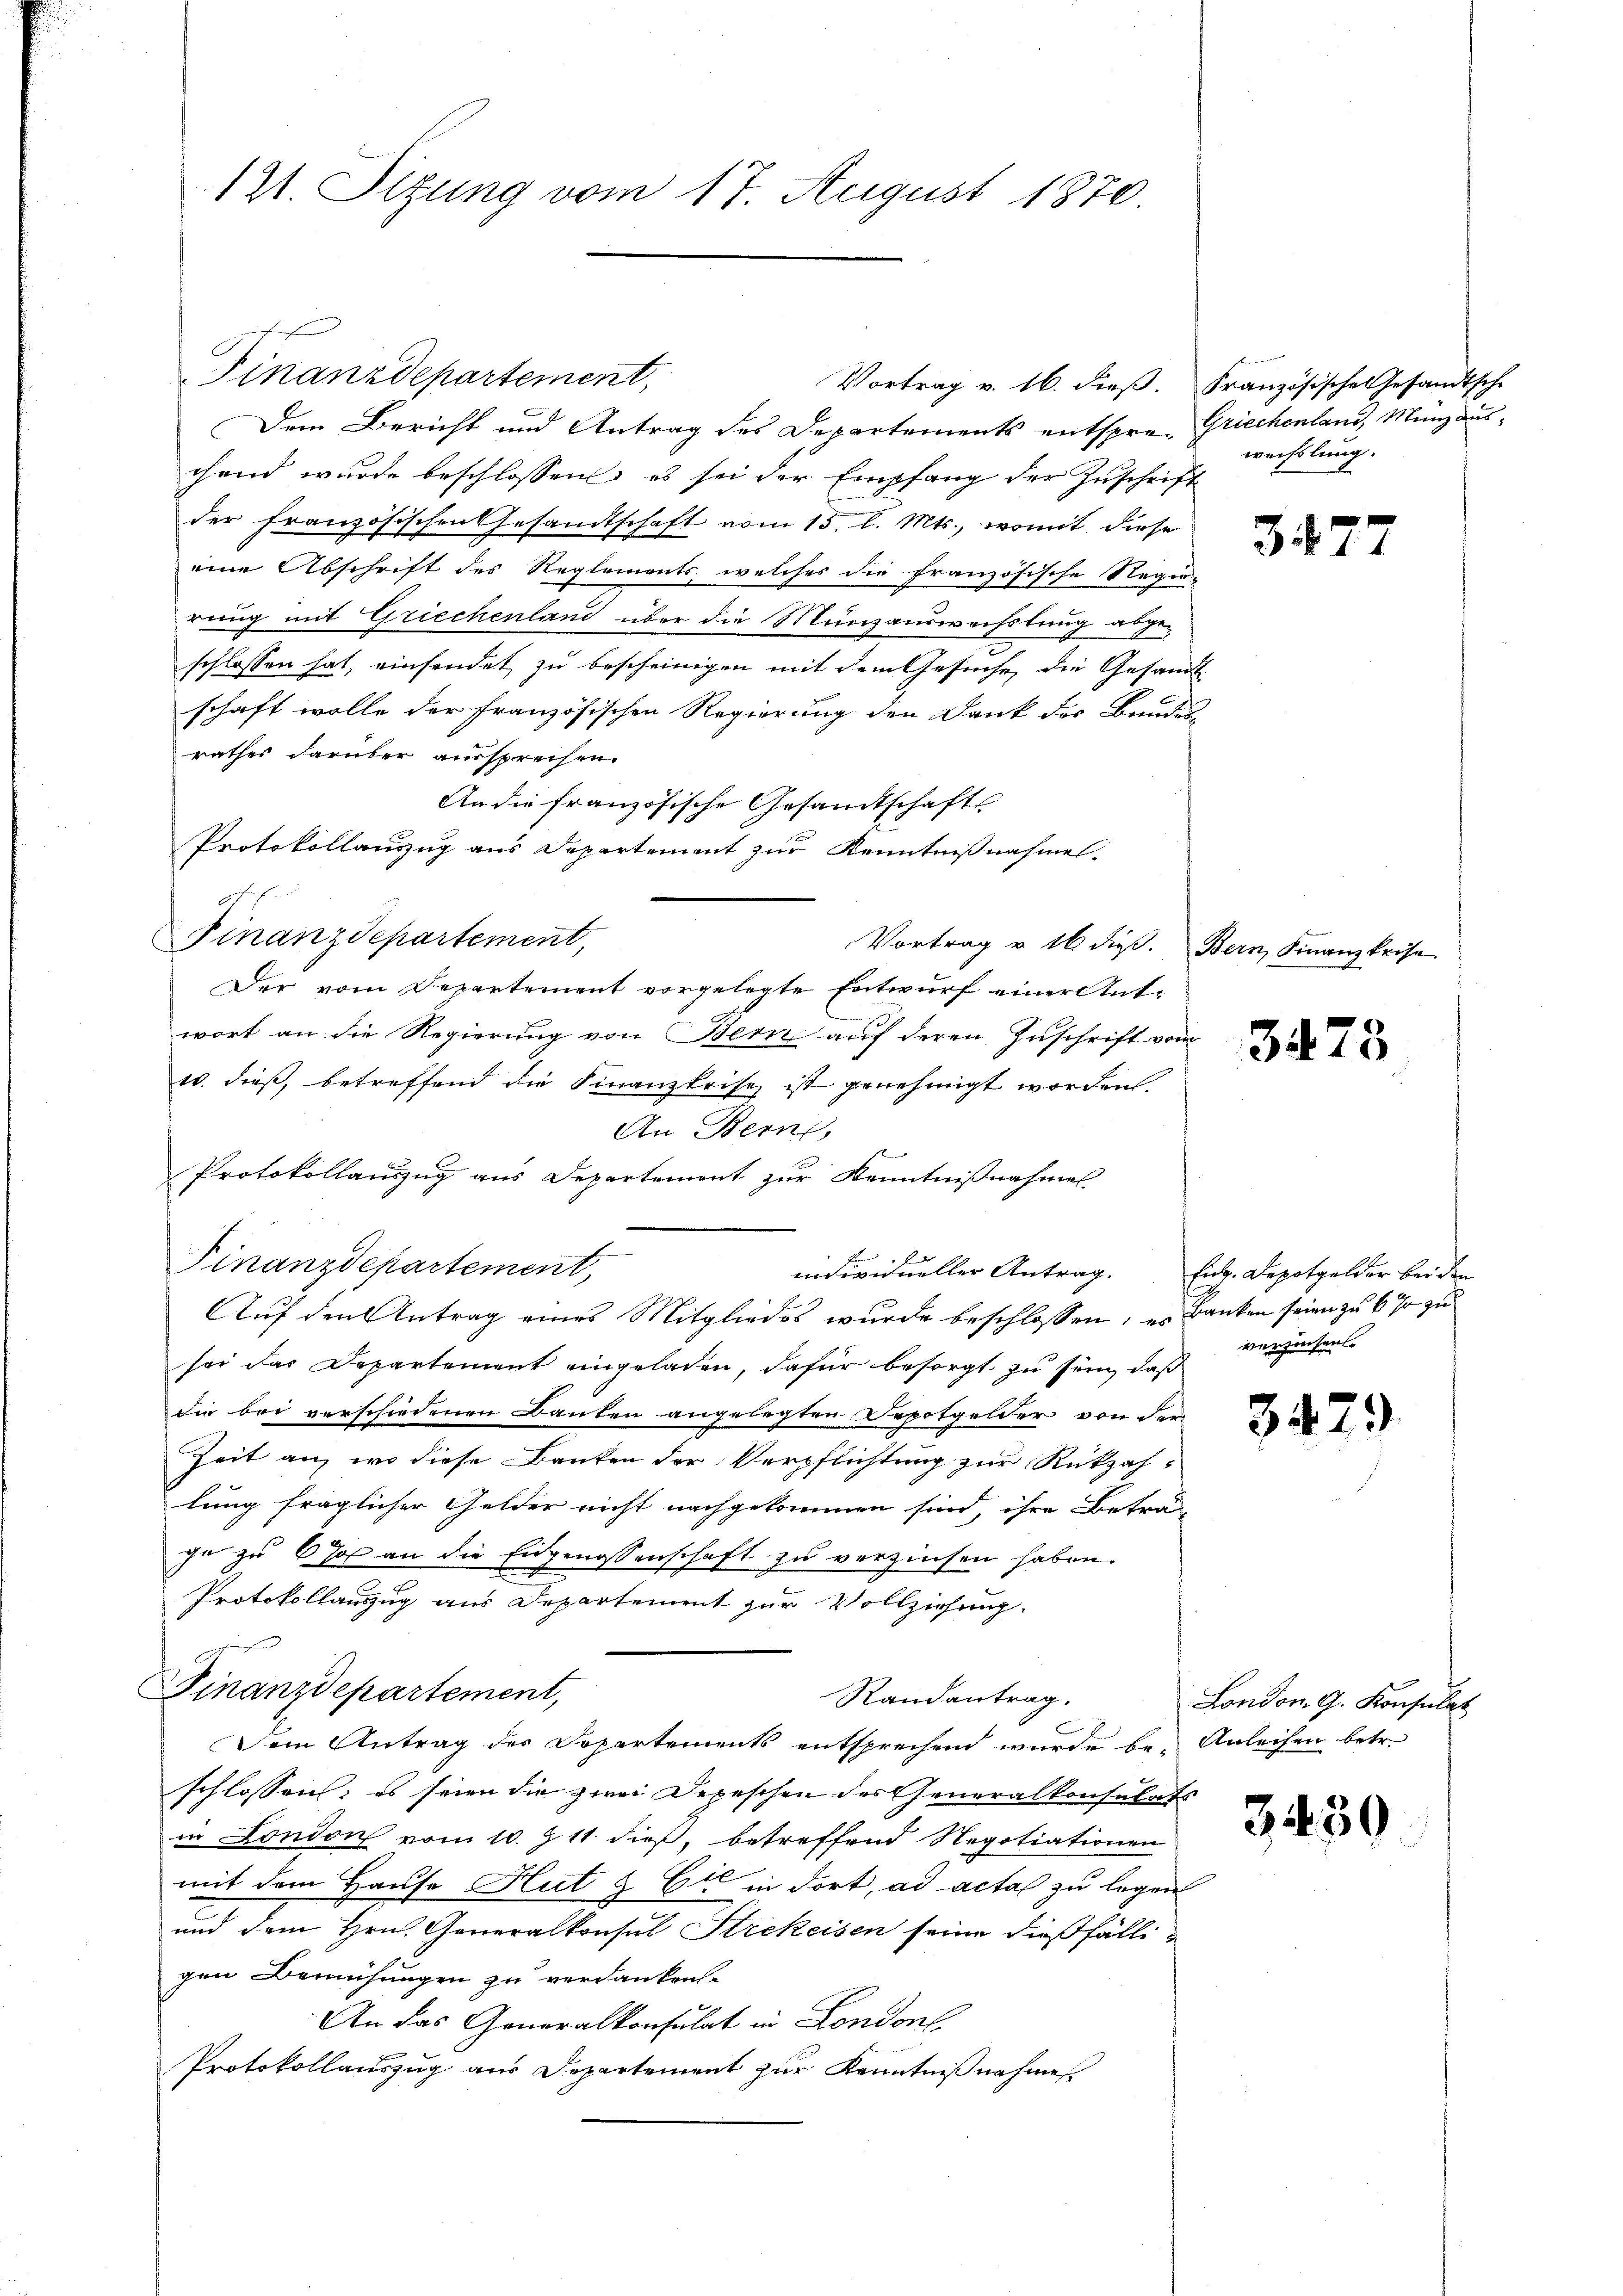
121. Sitzung vom 17. August 1870.

Vortrag v. 16. dieß. Französische Gesandtsche
Dem Bericht und Antrag des Departements entspre- Griechenland, Münzauschend wurde beschlossen, es sei der Empfang der Zuschrift
der französischen Gesandtschaft vom 15. l. Mts., womit diese
eine Abschrift des Reglements, welches die französische Regier
rung mit Griechenland über die Münzauswechstrug abge-
schlossen hat, einsendet zu bescheinigen mit dem Gesuche die Gesandt
schaft wolle der französischen Regierung den Dank des Bundes
rathes darüber aussprechen.
An die französische Gesandtschafts
Protokollauszug aus Departement zur Kenntnißnahme.
Finanzdepartement,
Vortrag u. 16 dieβ. Bern Finanzkeise
Der vom Departement vorgelegte Entwurf einer Antwort an die Regierung von Bern auf deren Zuschrift vom
10. dieß, betreffend die Finanzkrise ist genehmigt worden.
An Bern,
e
Protokollauszug aus Departement zur Kenntnißnahmes
Finanzdepartement,
individueller Antrag. Ende. Depotgelder bei den
Auf den Antrag eines Mitgliedes wurde beschlossen, es Banken seien zu 6 so zu
sei das Departement eingeladen, dafür besorgt zu sein, daß verzeihen.
die bei verschiedenen Bauten angelegten Depotgelder von der
Zeit an, wo diese Banken der Verpflichtung zur Rückzah-
lung fraglicher Gelder nicht nachgekommen sind, ihre Betrache zu so an die Eidgenossenschaft zu verzinsen haben.
Protokollauszug aus Departement zur Vollziehung.
Finanzdepartement,
Randantrag.
Dem Antrag der Dopartements entsprechend wurde be- Anleihen betr.
schlossen; es seien die zwei Depeschen der Generalkonsulats
in London vom 10. Z. 11. dieß, betreffend Negotiationen
mit dem Hause Hut & Cie in dort, ad acta zu legen
und dem Hrn. Generalkonsul Strekeisen seine dießfälligen Bemühungen zu verdanken.
An das Generalkonsulat in Londone
Protokollauszug aus Departement zur Kenntnißnahmen.

Finanzdepartement,

weiflung.

3477

3473

3429

London. G. Konsulat

3439